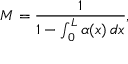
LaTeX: M = { \frac { 1 } { 1 - \int _ { 0 } ^ { L } \alpha ( x ) \, d x } } ,